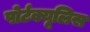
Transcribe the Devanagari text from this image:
पोर्टक्यूलिस